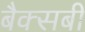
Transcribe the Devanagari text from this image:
बैक्सबी